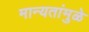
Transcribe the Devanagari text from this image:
मान्यतांमुळे